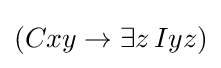
(Cxy\rightarrow \exists z\,Iyz)